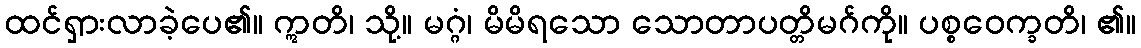
ထင်ရှားလာခဲ့ပေ၏။ ဣတိ၊ သို့။ မဂ္ဂံ၊ မိမိရသော သောတာပတ္တိမဂ်ကို။ ပစ္စဝေက္ခတိ၊ ၏။